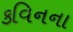
કવિનના